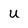
Character: u